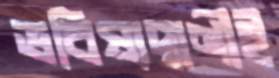
ভবিষ্যদ্বাণীই